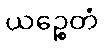
ယဉ္စေတံ